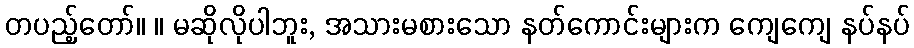
တပည့်တော်။ ။ မဆိုလိုပါဘူး, အသားမစားသော နတ်ကောင်းများက ကျေကျေ နပ်နပ်